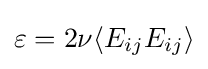
\varepsilon =2\nu \langle E_{ij}E_{ij}\rangle